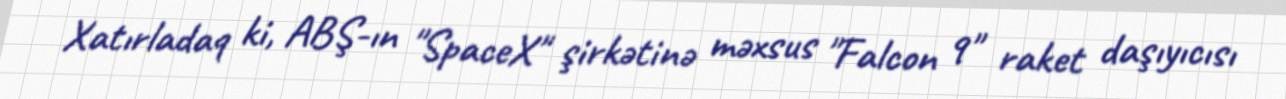
Xatırladaq ki, ABŞ-ın "SpaceX" şirkətinə məxsus "Falcon 9" raket daşıyıcısı